Indian journal of veterinary science and animal husbandry - Volume 11,
Year: 1941
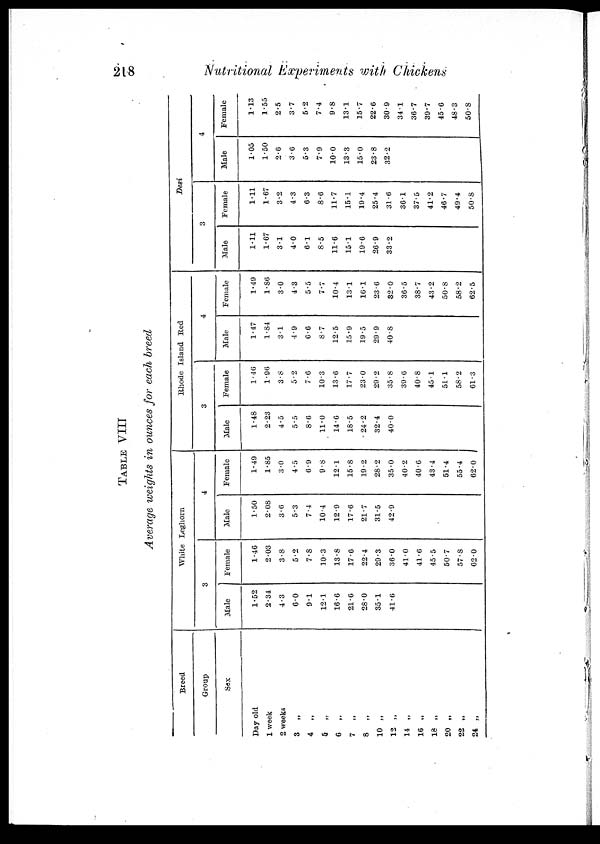
218
Nutritional Experiments with Chickens
TABLE VIII
Average weights in ounces for each breed
Pay old
1 week
2 weeks
3
„
4
„
5 „
6
„
7
„
8
„
10 „
12 „
14 „
16 „
18 „
20 „
22 „
24 „
Breed
Group
Sex
White Leghorn
3
Male
1.52
2.34
4.3
6.0
9.1
12.1
16.6
21.6
28.0
35.1
41.6
Female
1.46
2.03
3.8
5.2
7.8
10.3
13.8
17.6
22.4
29.3
36.0
41.0
41.6
45.5
50.7
57.8
62.0
4
Male
1.50
2.08
3.6
5.3
7.4
10.4
12.9
17.6
21.7
31.5
42.9
Female
1.49
1.85
3.0
4.5
6.9
9.8
12.1
15.8
19.2
28.2
35.0
40.2
40.6
43.4
51.4
55.4
62.0
Rhode Island Red
3
Male
1.48
2.23
4.5
5.5
8.6
11.0
14.6
18.5
24.2
32.4
40.0
Female
1.46
1.96
3.8
5.2
7.6
10.3
13.6
17.7
23.0
29.2
35.8
39.6
40.8
45.1
51.1
58.2
61.3
4
Male
1.47
1.84
3.1
4.9
6.6
8.7
12.5
15.9
19.5
29.9
40.8
Female
1.49
1.86
3.0
4.3
5.5
7.7
10.4
13.1
16.1
23.6
32.0
36.5
38.7
43.2
50.8
58.2
62.5
Desi
3
Male
1.11
1.67
3.1
4.0
6.1
8.5
11.6
15.1
19.6
26.9
33.2
Female
1.11
1.67
3.2
4.3
6.3
8.6
11.7
15.1
19.4
25.4
31.6
36.1
37.5
41.2
46.7
49.4
50.8
4
Male
1.05
1.50
2.6
3.6
5.3
7.9
10.0
13.3
15.0
23.8
32.2
Female
1.13
1.55
2.5
3.7
5.2
7.4
9.8
13.1
15.7
22.6
30.9
34.1
36.7
39.7
45.6
48.3
50.8